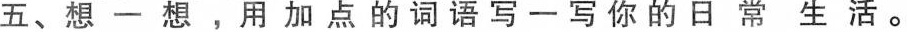
五、想-想，用加点的词语写一写你的日常生活。